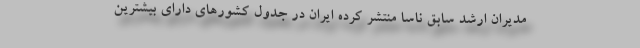
مديران ارشد سابق ناسا منتشر كرده ايران در جدول كشورهاي داراي بيشترين